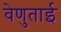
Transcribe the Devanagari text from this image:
वेणुताई